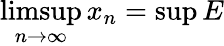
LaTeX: \operatorname*{limsup}_{n\to\infty}x_{n}=\operatorname*{sup}E